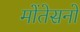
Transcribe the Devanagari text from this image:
मोंतेसनो